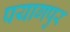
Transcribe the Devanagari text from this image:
पयागपुर